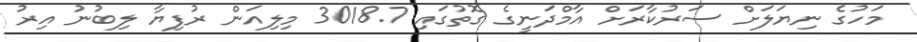
މަހުގެ ނިޔަލަށް ސަރުކާރަށް އާމްދަނީގެ ގޮތުގައި 3018.7 މިލިއަން ރުފިޔާ ލިބުނު އިރު